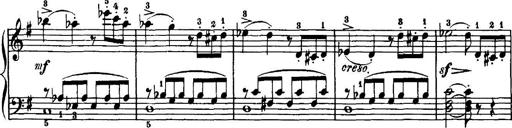
Title: 7 Sonatinas
Composer: Anton Diabelli